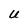
Character: U